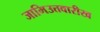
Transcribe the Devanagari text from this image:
जामिउत्तवारीख